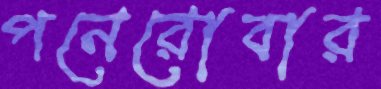
পনেরোবার